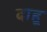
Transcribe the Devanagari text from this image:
दाहू